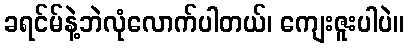
ခရင်မ်နဲ့ဘဲလုံလောက်ပါတယ်၊ ကျေးဇူးပါပဲ။